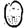
Digit: 0